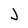
Character: J